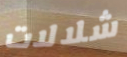
شلالات